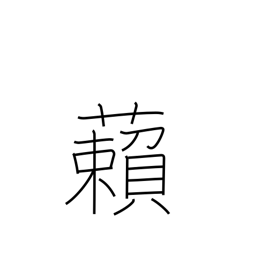
Meaning: cover